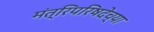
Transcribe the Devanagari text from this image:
मंत्रिपरिषदेच्या